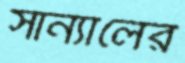
সান্যালের